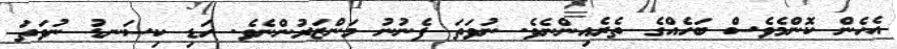
އެހެން ކޮންމެވެސް ބަހެއްގެ ތެރެއިންނެވެ. ނުވަތަ ފެނުނު މަންޒަރުންނެވެ. ހަޑި ކިސަނޑު ނުވަތަ